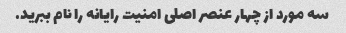
سه مورد از چهار عنصر اصلی امنیت رایانه را نام ببرید.